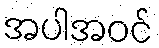
အပါအဝင်